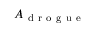
A _ { \mathrm { ~ d ~ r ~ o ~ g ~ u ~ e ~ } }